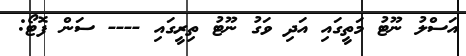
އަސްލު ނޫޓު މަތީގައި އަދި ވަގު ނޫޓު ތިރީގައި ---- ސަން ފޮޓޯ: